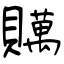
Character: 贎